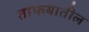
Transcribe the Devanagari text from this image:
ताफयातील